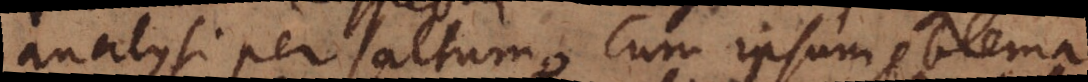
analysi per saltum, cum ipsum problema